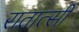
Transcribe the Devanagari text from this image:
रातात्सी